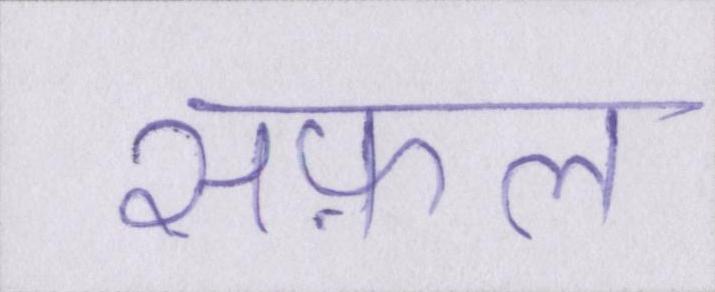
सफ़ल